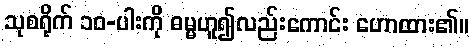
သုစရိုက် ၁၀-ပါးကို ဓမ္မဟူ၍လည်းကောင်း ဟောထား၏။